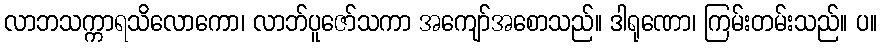
လာဘသက္ကာရသိလောကော၊ လာဘ်ပူဇော်သကာ အကျော်အစောသည်။ ဒါရုဏော၊ ကြမ်းတမ်းသည်။ ပ။